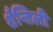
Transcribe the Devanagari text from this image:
शैन्तिली